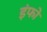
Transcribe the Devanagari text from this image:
इंफो